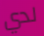
لدي